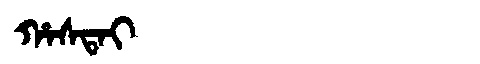
Manchu: ᡥᠠᠰᡨᠠᡳ
Romanization: HASTAI